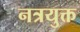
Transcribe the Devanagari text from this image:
नत्रयुक्त